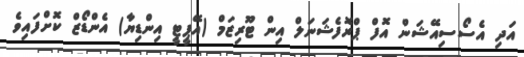
އަދި އެސޯސިއޭޝަން އޮފް ޕްރޮފެޝަނަލް އިން ޓޫރިޒަމް (އޭޕީޓީ އިންޑިޔާ) އެންޑޯޒް ކޮށްފައިވެ